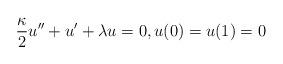
LaTeX: \begin{align*}\frac{\kappa}{2} u'' + u' + \lambda u = 0, u(0) = u(1) = 0\end{align*}